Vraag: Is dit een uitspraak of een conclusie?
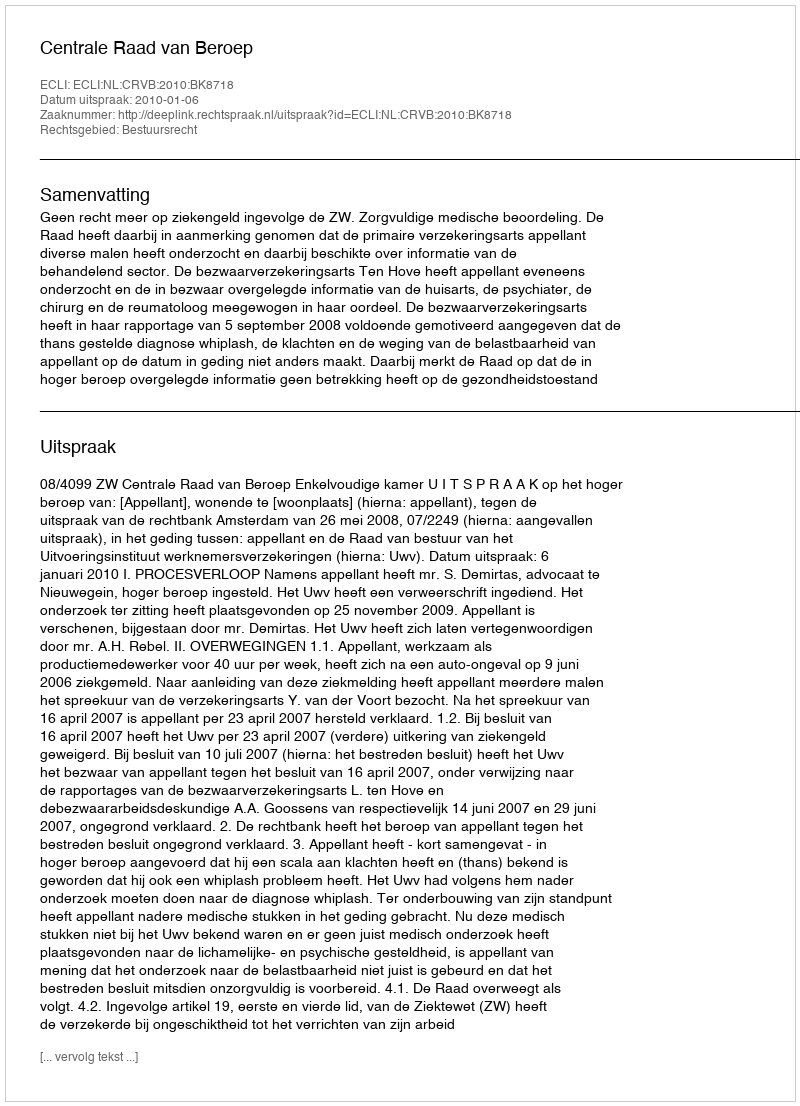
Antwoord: Uitspraak